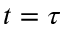
t = \tau